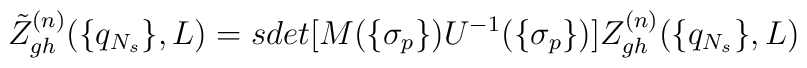
\tilde Z_{gh}^{(n)}(\{q_{N_s}\},L) =sdet[M(\{\sigma_p\})U^{-1}(\{\sigma_p\})]Z_{gh}^{(n)}(\{q_{N_s}\},L)